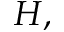
H ,